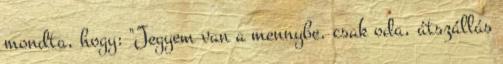
mondta, hogy: "Jegyem van a mennybe. csak oda, átszállás